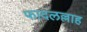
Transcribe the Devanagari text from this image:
फादलल्लाह